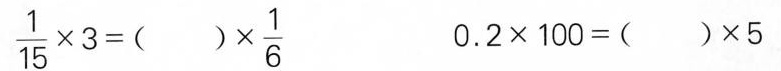
\frac{1}{15}\times3=( ) \times \frac{1}{6} 0.2\times 100 = ( )\times 5